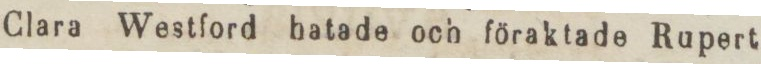
Clara Westford batade och föraktade Rupert